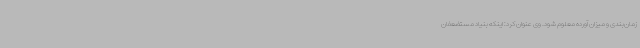
زمان‌بندی و میزان آورده معلوم شود. وی عنوان کرد: اینکه بنیاد مستضعفان